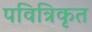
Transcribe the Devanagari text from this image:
पवित्रिकृत